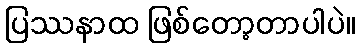
ပြဿနာထ ဖြစ်တော့တာပါပဲ။